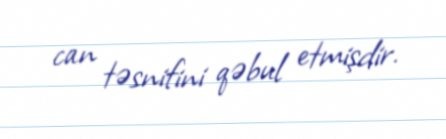
can təsnifini qəbul etmişdir.